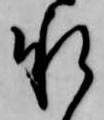
承